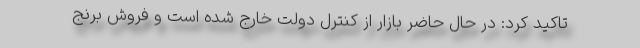
تاکید کرد: در حال حاضر بازار از کنترل دولت خارج شده است و فروش برنج